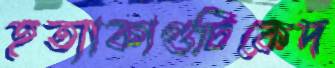
হত্যাকাণ্ডটিকেদ